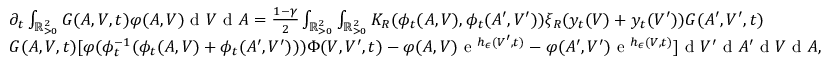
\begin{array} { r l } & { \partial _ { t } \int _ { \mathbb { R } _ { > 0 } ^ { 2 } } G ( A , V , t ) \varphi ( A , V ) \textup { d } V \textup { d } A = \frac { 1 - \gamma } { 2 } \int _ { \mathbb { R } _ { > 0 } ^ { 2 } } \int _ { \mathbb { R } _ { > 0 } ^ { 2 } } K _ { R } ( \phi _ { t } ( A , V ) , \phi _ { t } ( A ^ { \prime } , V ^ { \prime } ) ) \xi _ { R } ( y _ { t } ( V ) + y _ { t } ( V ^ { \prime } ) ) G ( A ^ { \prime } , V ^ { \prime } , t ) } \\ & { G ( A , V , t ) [ \varphi ( \phi _ { t } ^ { - 1 } ( \phi _ { t } ( A , V ) + \phi _ { t } ( A ^ { \prime } , V ^ { \prime } ) ) ) \Phi ( V , V ^ { \prime } , t ) - \varphi ( A , V ) \textup { e } ^ { h _ { \epsilon } ( V ^ { \prime } , t ) } - \varphi ( A ^ { \prime } , V ^ { \prime } ) \textup { e } ^ { h _ { \epsilon } ( V , t ) } ] \textup { d } V ^ { \prime } \textup { d } A ^ { \prime } \textup { d } V \textup { d } A , } \end{array}